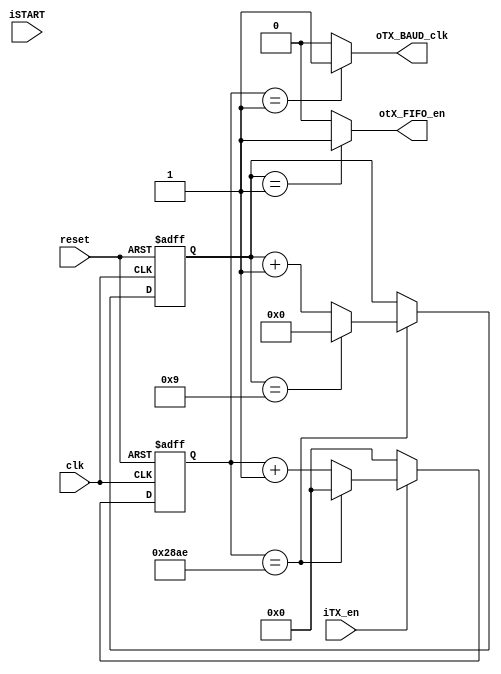
module UART_TX_BAUD_GEN(
clk,
reset,
iTX_en,
iSTART,
oTX_BAUD_clk,
otX_FIFO_en
);
input clk;
input reset;
input iTX_en;
input iSTART;
output oTX_BAUD_clk;
output otX_FIFO_en;
parameter BAUD_MAX  = 10414;
parameter bitwidth  = 9;
reg [13:0] BAUD_COUNTER;
reg [3:0] bit_counter;
always@(posedge clk or negedge reset)begin
	if(!reset)BAUD_COUNTER <= 14'd0;
	else if(iTX_en)begin
		if(BAUD_COUNTER == BAUD_MAX)BAUD_COUNTER <= 14'd0;
		else BAUD_COUNTER <= BAUD_COUNTER + 1'd1;
	end else BAUD_COUNTER <= 14'd0;		
end
always@(posedge clk or negedge reset)begin
	if(!reset)bit_counter <= 4'd0;
	else if(BAUD_COUNTER == BAUD_MAX)begin
		if(bit_counter == bitwidth)bit_counter <= 4'd0;
		else bit_counter <= bit_counter + 1'd1;
	end else bit_counter <= bit_counter;		
end

assign oTX_BAUD_clk = (BAUD_COUNTER == 14'd1) ? 1'b1 : 1'b0 ;
assign otX_FIFO_en = (bit_counter == 4'd1) ? 1'b1 : 1'b0 ;
endmodule